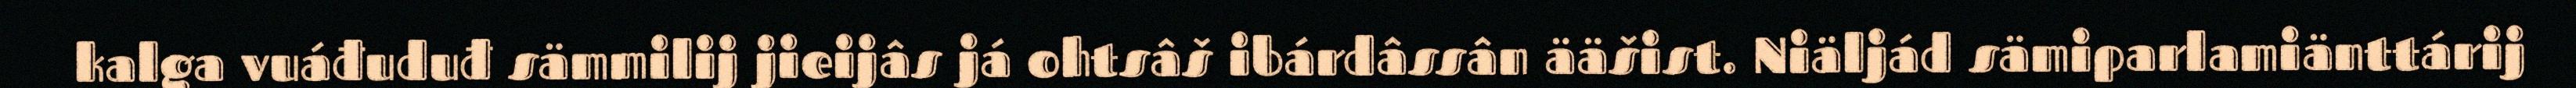
kalga vuáđuduđ sämmilij jieijâs já ohtsâš ibárdâssân ääšist. Niäljád sämiparlamiänttárij